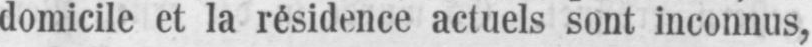
domicile et la rêsidence actuels sont inconnus,